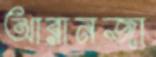
আরানজা